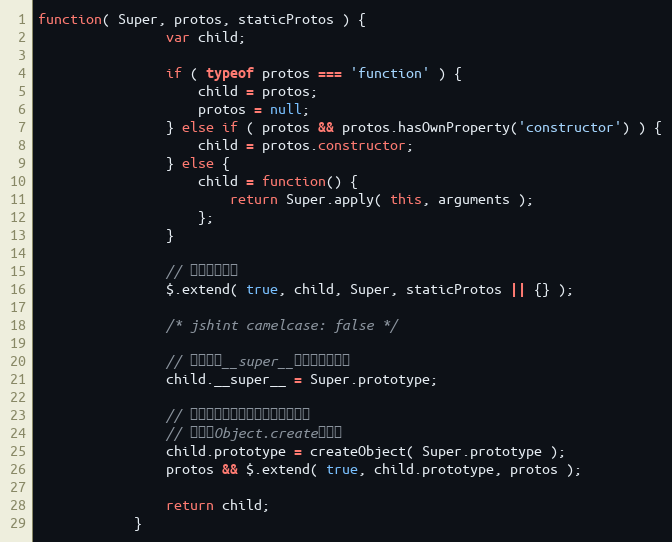
Language: JavaScript
function( Super, protos, staticProtos ) {
                var child;

                if ( typeof protos === 'function' ) {
                    child = protos;
                    protos = null;
                } else if ( protos && protos.hasOwnProperty('constructor') ) {
                    child = protos.constructor;
                } else {
                    child = function() {
                        return Super.apply( this, arguments );
                    };
                }

                // 复制静态方法
                $.extend( true, child, Super, staticProtos || {} );

                /* jshint camelcase: false */

                // 让子类的__super__属性指向父类。
                child.__super__ = Super.prototype;

                // 构建原型，添加原型方法或属性。
                // 暂时用Object.create实现。
                child.prototype = createObject( Super.prototype );
                protos && $.extend( true, child.prototype, protos );

                return child;
            }